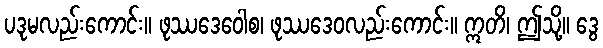
ပဒုမလည်းကောင်း။ ဖုဿဒေဝေါစ၊ ဖုဿဒေဝလည်းကောင်း။ ဣတိ၊ ဤသို့။ ဒွေ